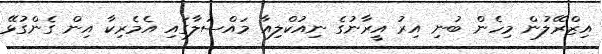
އިޒްރޭލުން މިހެން ބުނި އިރު އީރާނުގެ ނިއުކްލިއާ މައްސަލާގައި އެމެރިކާ އިން ގެންގުޅޭ